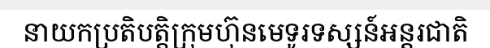
នាយកប្រតិបត្តិក្រុមហ៊ុនមេទូរទស្សន៍អន្តរជាតិ